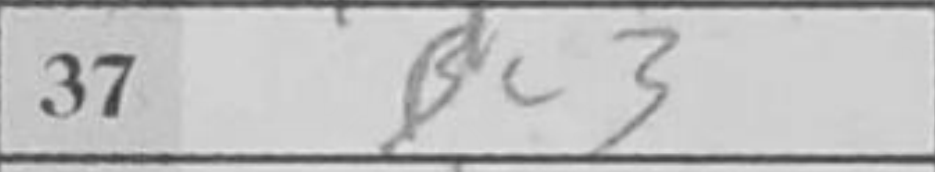
Transcription: Bc3